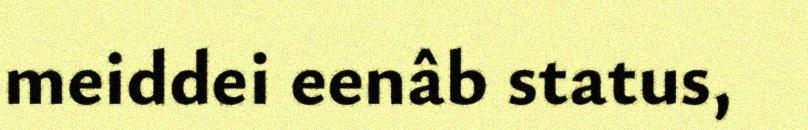
meiddei eenâb status,